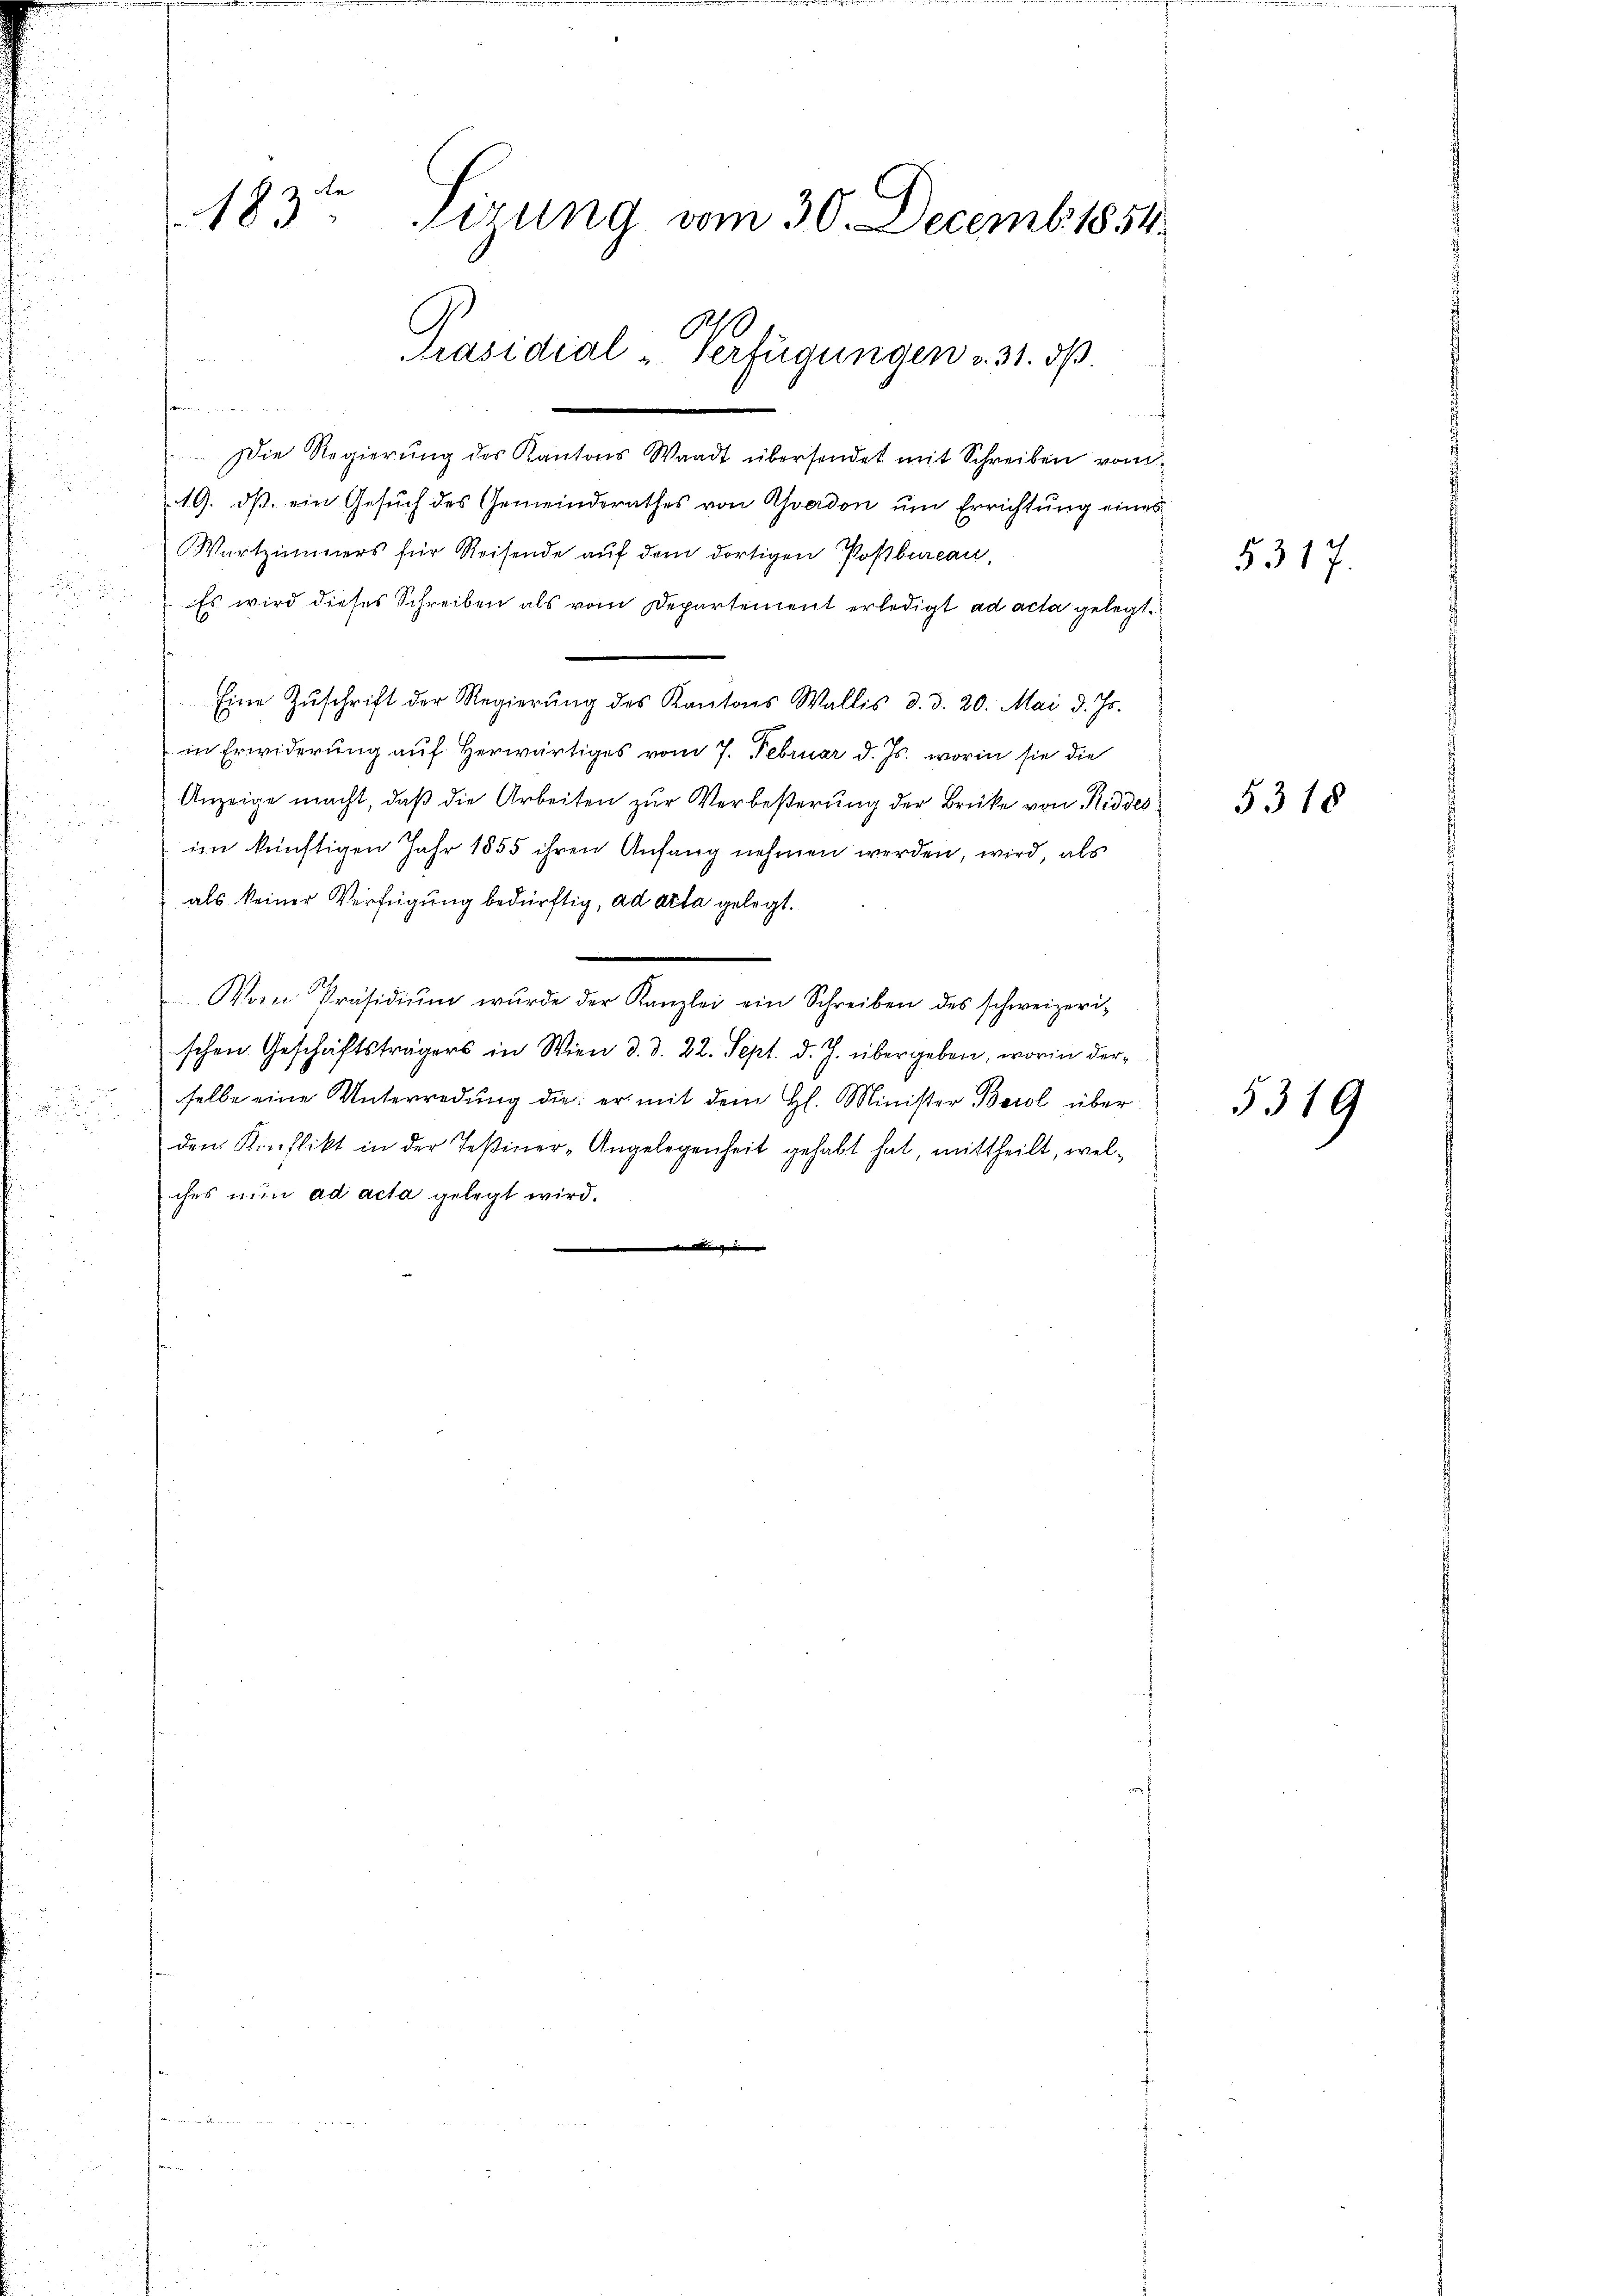
u
2

183. Sizung vom 30. Decemb. 1854.
Präsidial-Verfügungen u. 31. d.

seiner in
Die Regierung des Kantons Waadt übersendet mit Schreiben vom
19. ds. ein Gesuch des Gemeinderathes von Avadon um Errichtung eines
Wartzimmers für Reisende aŭf dem dortigen Poßbureau,
Es wird dieses Schreiben als vom Departement erledigt ad acta gelegt
Eine Zŭschrift der Regierŭng des Kantons Wallis d. d. 20. Mai d. Js.
in Erwiderung auf Herwärtiges vom 7. Februar d. Js. worin sie die
Anzeige macht, daß die Arbeiten zur Verbeßerung der Brücke von Niddes
im künftigen Jahr 1855 ihren Anfang nehmen werden, wird, als
als keiner Verfügung bedürftig, ad acta gelegt.
Von Präsidiŭm wurde der Kanzlei ein Schreiben des schweizerischen Geschäftsträgers in Wien d. d. 22. Sept. d. J. übergeben, worin derselbe eine Unterredung die er mit dem H. Minister Berol über
den Konflikt in der Teßiner-Angelegenheit gehabt hat, mittheilt, welches nun ad acta gelegt wird.
 |

5317.

5318

5319